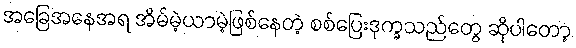
အခြေအနေအရ အိမ်မဲ့ယာမဲ့ဖြစ်နေတဲ့ စစ်ပြေးဒုက္ခသည်တွေ ဆိုပါတော့